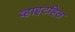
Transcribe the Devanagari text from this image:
व्हाइटहिल